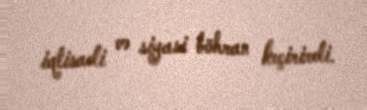
iqtisadi və siyasi böhran keçirirdi.